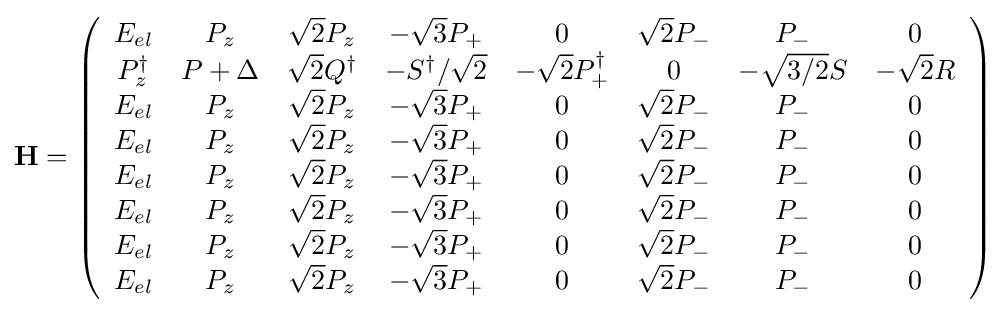
\mathbf {H} =\left({\begin{array}{cccccccc}E_{el}&P_{z}&{\sqrt {2}}P_{z}&-{\sqrt {3}}P_{+}&0&{\sqrt {2}}P_{-}&P_{-}&0\\P_{z}^{\dagger }&P+\Delta &{\sqrt {2}}Q^{\dagger }&-S^{\dagger }/{\sqrt {2}}&-{\sqrt {2}}P_{+}^{\dagger }&0&-{\sqrt {3/2}}S&-{\sqrt {2}}R\\E_{el}&P_{z}&{\sqrt {2}}P_{z}&-{\sqrt {3}}P_{+}&0&{\sqrt {2}}P_{-}&P_{-}&0\\E_{el}&P_{z}&{\sqrt {2}}P_{z}&-{\sqrt {3}}P_{+}&0&{\sqrt {2}}P_{-}&P_{-}&0\\E_{el}&P_{z}&{\sqrt {2}}P_{z}&-{\sqrt {3}}P_{+}&0&{\sqrt {2}}P_{-}&P_{-}&0\\E_{el}&P_{z}&{\sqrt {2}}P_{z}&-{\sqrt {3}}P_{+}&0&{\sqrt {2}}P_{-}&P_{-}&0\\E_{el}&P_{z}&{\sqrt {2}}P_{z}&-{\sqrt {3}}P_{+}&0&{\sqrt {2}}P_{-}&P_{-}&0\\E_{el}&P_{z}&{\sqrt {2}}P_{z}&-{\sqrt {3}}P_{+}&0&{\sqrt {2}}P_{-}&P_{-}&0\\\end{array}}\right)